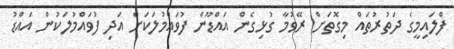
ފްލައިމީގެ ދަތުރުތައް މިގޮތަށް ރޭވުމާ ގުޅިގެން އައްޑޫން ފުވައްމުލަކަށް އަދި ފުވައްމުލަކުން އައްޑު